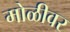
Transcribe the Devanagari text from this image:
मोळीवर